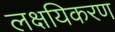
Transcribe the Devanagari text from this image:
लक्षयिकरण